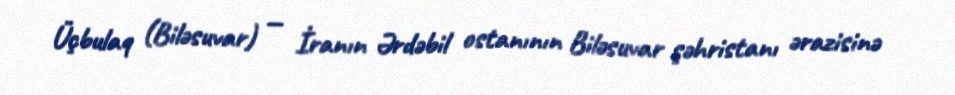
Üçbulaq (Biləsuvar) — İranın Ərdəbil ostanının Biləsuvar şəhristanı ərazisinə